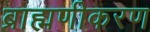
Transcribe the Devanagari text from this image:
ब्राह्मणीकरण